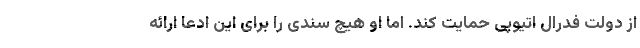
از دولت فدرال اتیوپی حمایت کند. اما او هیچ سندی را برای این ادعا ارائه